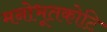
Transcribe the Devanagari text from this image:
मनोभूतकोटि